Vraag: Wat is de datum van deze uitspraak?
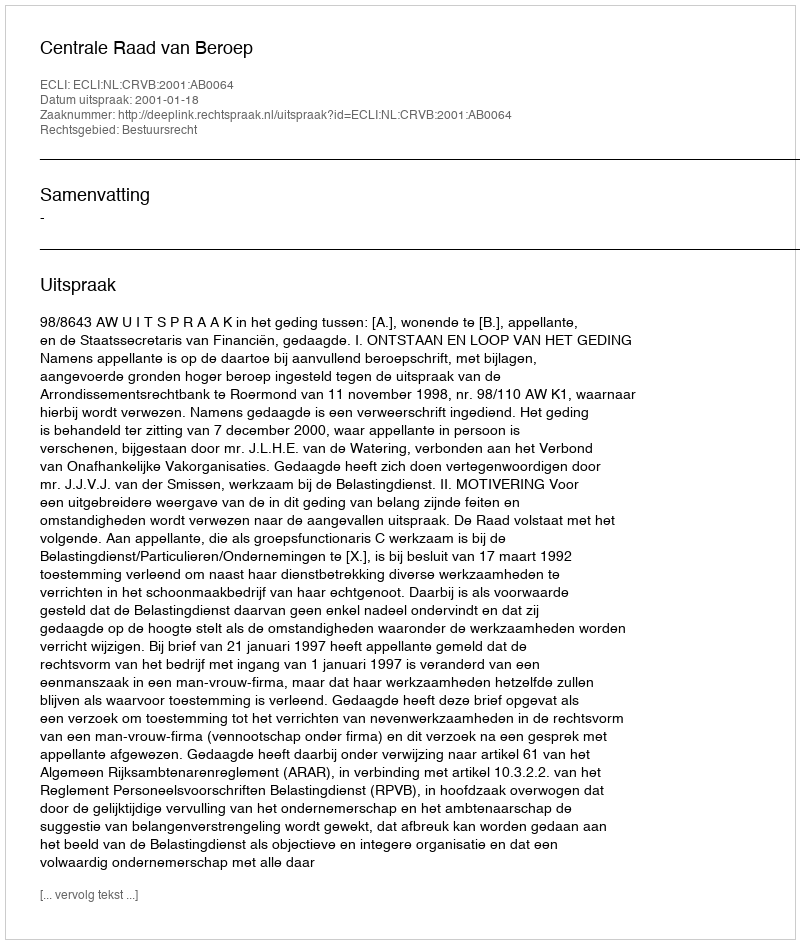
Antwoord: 2001-01-18